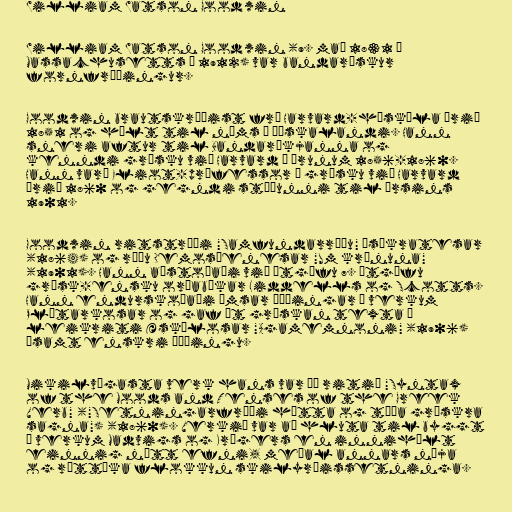
William Watson Goodwin

William Watson Goodwin (9. maí 1831 í
Massachusetts – 1912) var bandarískur
fornfræðingur.

Goodwin brautskráðist frá Harvard-háskóla árið
1851 og hélt til náms í Þýskalandi. Hann
sneri aftur til Bandaríkjanna og
kenndi grísku við Harvard á árunum 1856-1860.
Hann varð Eliot-prófessor í grísku við Harvard
árið 1860 og gegndi stöðunni til ársins
1901.

Goodwin ritstrýði "Samfundarræðu" Ísókratesar
(1864) og ræðu Demosþenesar "Um krúnuna"
(1901). Hann aðstoðaði við útgáfu 7. útgáfu
grísk-ensku orðabókar Liddells og Scotts.
Hann endurskoðaði ýmsar þýðingar á verkum
Plútarkosar og gaf út grískan texta á
leikriti Æskýlosar "Agamemnoni" (1906)
ásamt enskri þýðingu.

Mikilvægasta verk hans var þó ritið "Syntax
of the Moods and Tenses of the Greek
Verb" ("Setningarfræði hátta og tíða grískra
sagna") (1860). Verkið var að hluta til byggt
á verkum Madvigs og Krügers en innihélt
einnig nýtt efni, meðal annars nýja
og róttæka flokkun skilyrðissetninga.